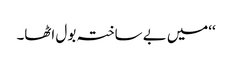
‘‘میں بے ساختہ بول اٹھا۔